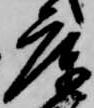
庫